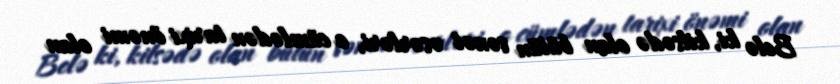
Belə ki, kilsədə olan bütün sənət əsərləri, o cümlədən tarixi önəmi olan